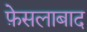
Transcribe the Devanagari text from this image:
फ़ेसलाबाद